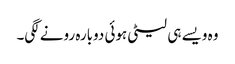
وہ ویسے ہی لیٹی ہوئی دوبارہ رونے لگی۔